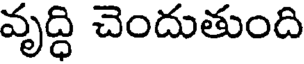
వృద్ధి చెందుతుంది